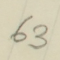
63